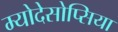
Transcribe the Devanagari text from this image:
म्योदेसोप्सिया